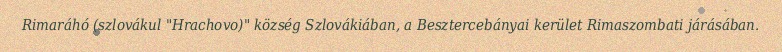
Rimaráhó (szlovákul "Hrachovo)" község Szlovákiában, a Besztercebányai kerület Rimaszombati járásában.